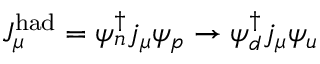
J _ { \mu } ^ { \mathrm { h a d } } = \psi _ { n } ^ { \dagger } j _ { \mu } \psi _ { p } \rightarrow \psi _ { d } ^ { \dagger } j _ { \mu } \psi _ { u }